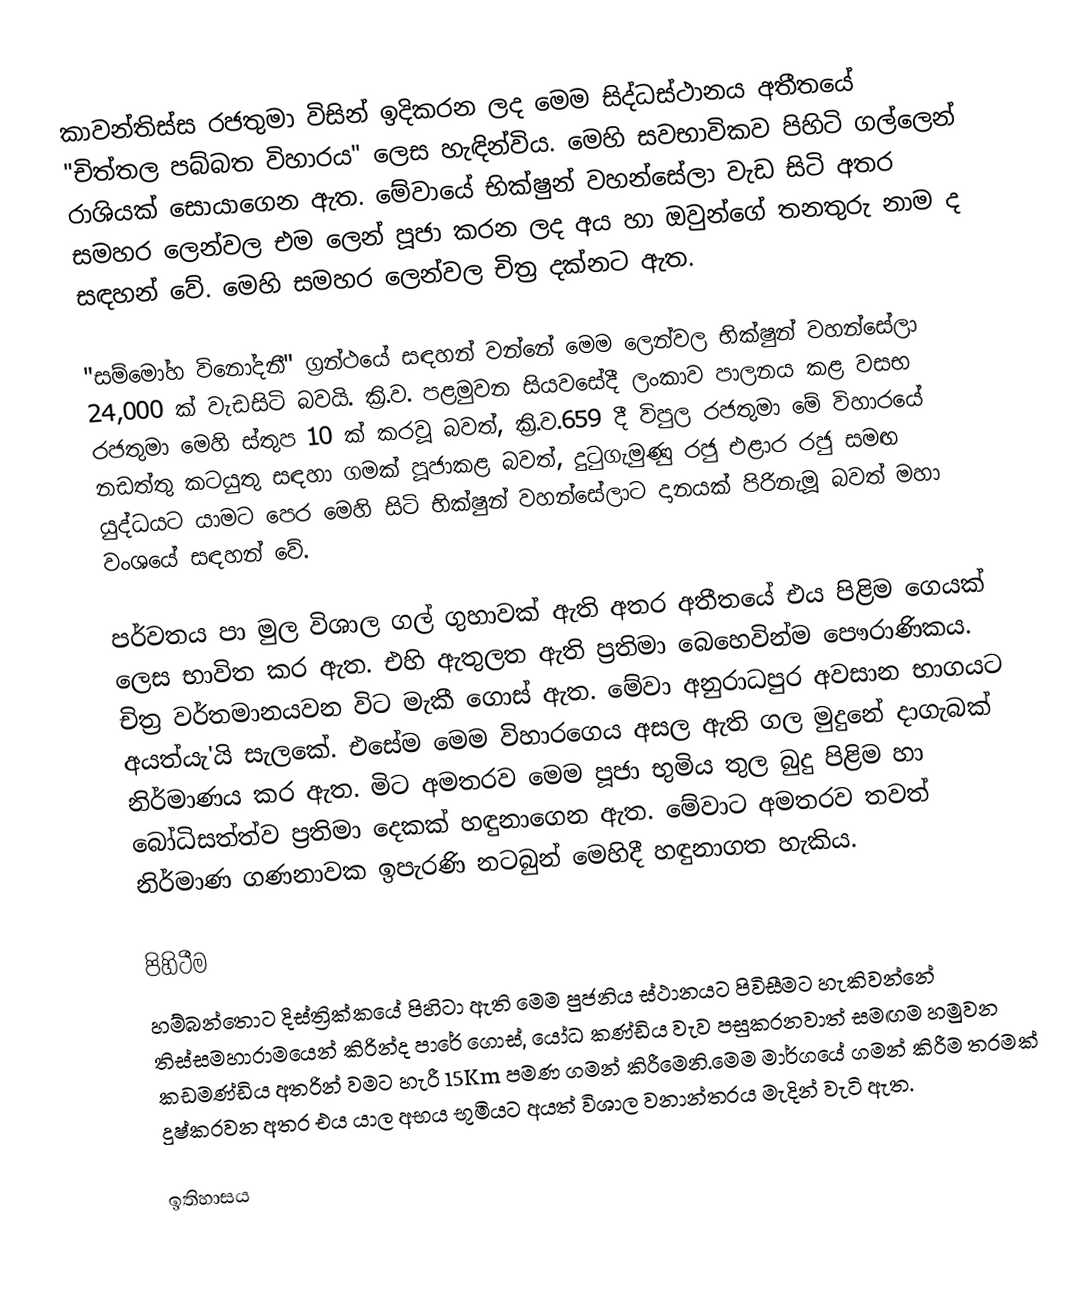
කාවන්තිස්ස රජතුමා විසින් ඉදිකරන ලද මෙම සිද්ධස්ථානය අතීතයේ "චිත්තල පබ්බත විහාරය" ලෙස හැඳින්විය. මෙහි සවභාවිකව පිහිටි ගල්ලෙන් රාශියක් සොයාගෙන ඇත. මේවායේ භික්ෂුන් වහන්සේලා වැඩ සිටි අතර සමහර ලෙන්වල එම ලෙන් පූජා කරන ලද අය හා ඔවුන්ගේ තනතුරු නාම ද සඳහන් වේ. මෙහි සමහර ලෙන්වල චිත්‍ර දක්නට ඇත.

"සම්මෝහ විනෝදනී" ග්‍රන්ථයේ සඳහන් වන්නේ මෙම ලෙන්වල භික්ෂුන් වහන්සේලා 24,000 ක් වැඩසිටි බවයි. ක්‍රි.ව. පළමුවන සියවසේදී ලංකාව පාලනය කළ වසභ රජතුමා මෙහි ස්තුප 10 ක් කරවූ බවත්, ක්‍රි.ව.659 දී විපුල රජතුමා මේ විහාරයේ නඩත්තු කටයුතු සඳහා ගමක් පූජාකළ බවත්, දුටුගැමුණු රජු එළාර රජු සමඟ යුද්ධයට යාමට පෙර මෙහි සිටි භික්ෂුන් වහන්සේලාට දානයක් පිරිනැමූ බවත් මහා වංශයේ සඳහන් වේ.

පර්වතය පා මුල විශාල ගල් ගුහාවක් ඇති අතර අතීතයේ එය පිළිම ගෙයක් ලෙස භාවිත කර ඇත. එහි ඇතුලත ඇති ප්‍රතිමා බෙහෙවින්ම පෞරාණිකය. චිත්‍ර වර්තමානයවන විට මැකී ගොස් ඇත. මේවා අනුරාධපුර අවසාන භාගයට අයත්යැ'යි සැලකේ. එසේම මෙම විහාරගෙය අසල ඇති ගල මුදුනේ දාගැබක් නිර්මාණය කර ඇත. මිට අමතරව මෙම පූජා භුමිය තුල බුදු පිළිම හා බෝධිසත්ත්ව ප්‍රතිමා දෙකක් හඳුනාගෙන ඇත. මේවාට අමතරව තවත් නිර්මාණ ගණනාවක ඉපැරණි නටබුන් මෙහිදී හඳුනාගත හැකිය.

පිහිටීම
හම්බන්තොට දිස්ත්‍රික්කයේ පිහිටා ඇති මෙම පුජනිය ස්ථානයට පිවිසීමට හැකිවන්නේ තිස්සමහාරාමයෙන් කිරින්ද පාරේ ගොස්, යෝධ කණ්ඩිය වැව පසුකරනවාත් සමඟම හමුවන කඩමණ්ඩිය අතරින් වමට හැරී 15Km පමණ ගමන් කිරීමෙනි.මෙම මාර්ගයේ ගමන් කිරීම තරමක් දුෂ්කරවන අතර එය යාල අභය භූමියට අයත් විශාල වනාන්තරය මැදින් වැටි ඇත.

ඉතිහාසය